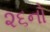
૨૬નો